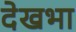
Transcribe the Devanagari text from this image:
देखभा